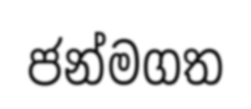
ජන්මගත